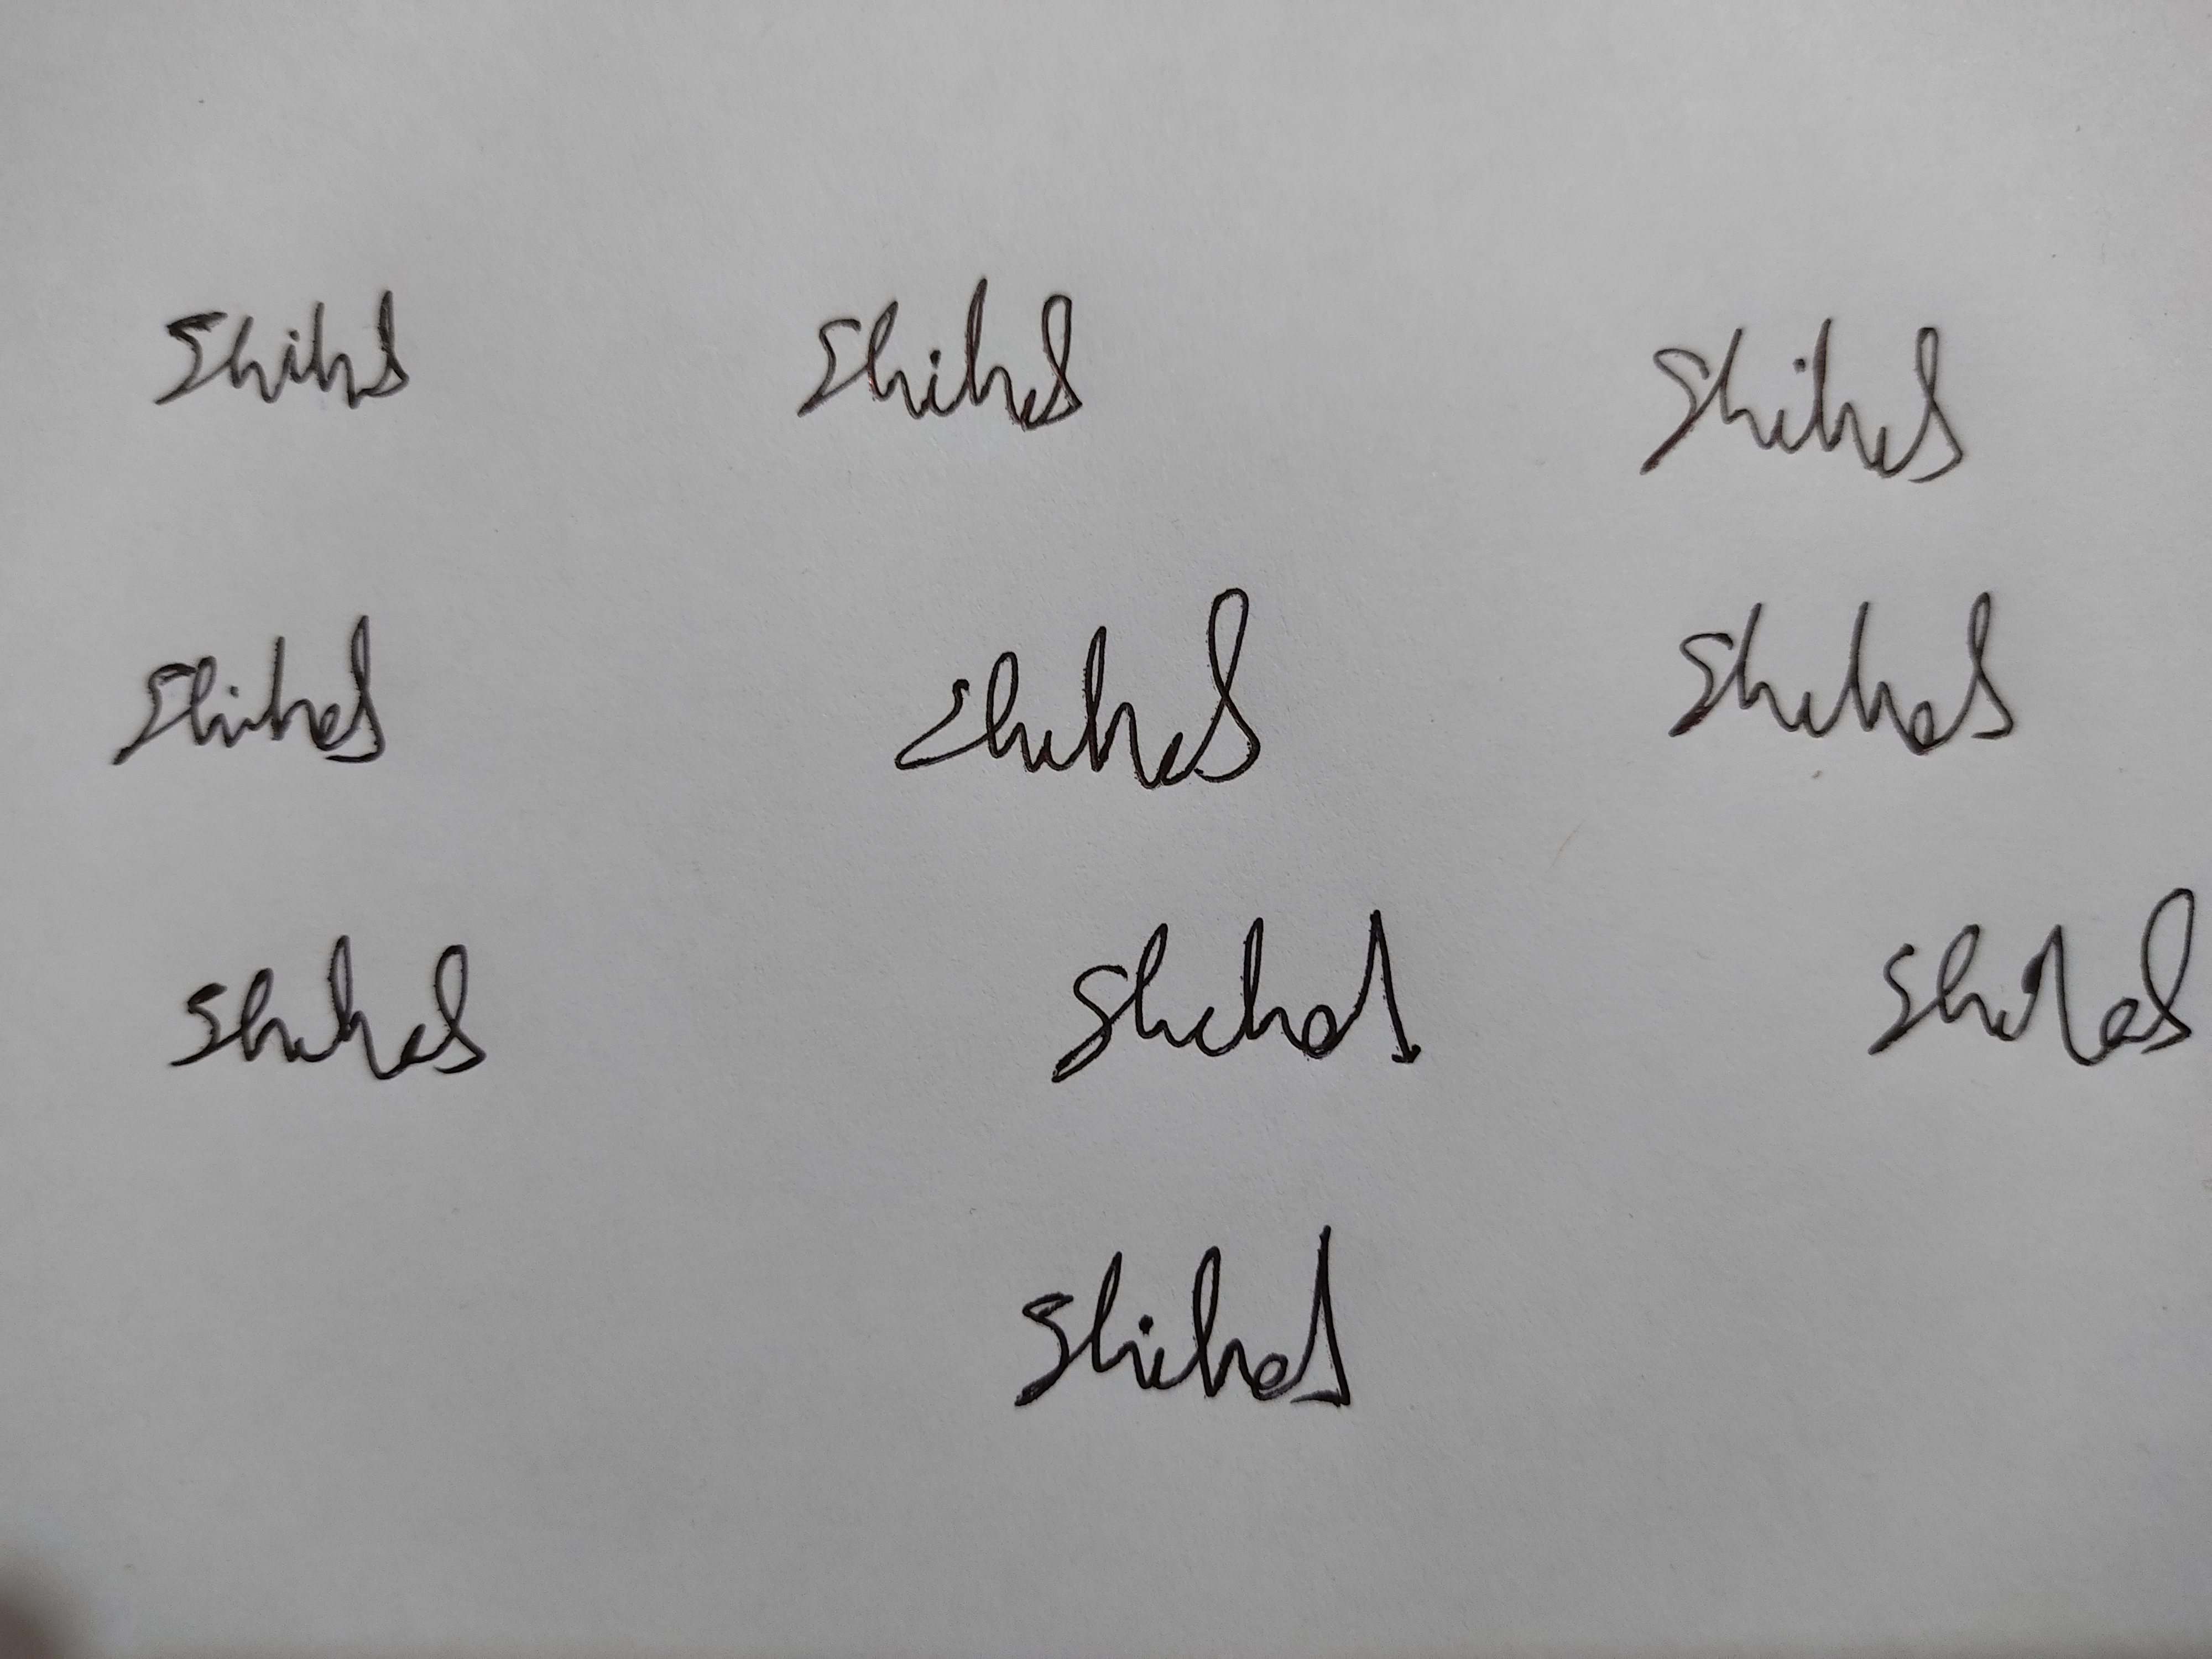
Signature authenticity: genuine